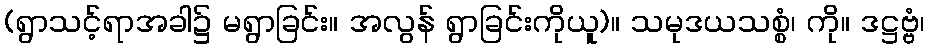
(ရွာသင့်ရာအခါ၌ မရွာခြင်း။ အလွန် ရွာခြင်းကိုယူ)။ သမုဒယသစ္စံ၊ ကို။ ဒဋ္ဌဗ္ဗံ၊